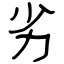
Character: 劣